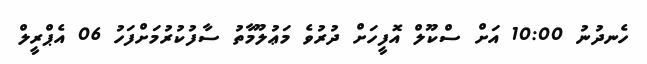
ހެނދުނު 10:00 އަށް ސްކޫލް އޮފީހަށް ދުރުވެ މަޢުލޫމާތު ސާފުކުރުމަށްފަހު 06 އެޕްރީލް